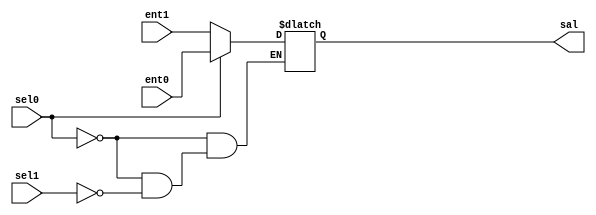
module select2 (sal, ent0, ent1, sel0, sel1);
  parameter tamData = 0;
  input [tamData:0] ent0, ent1;
  input sel0, sel1;
  output [tamData:0] sal;
  reg [tamData:0] sal;

  always @(ent0 or ent1 or sel0 or sel1)
    begin
      if (sel0)
        sal = ent0;
      else if (sel1)
        sal = ent1;
    end
endmodule